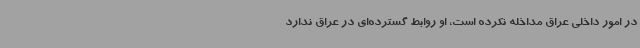
در امور داخلی عراق مداخله نکرده است، او روابط گسترده‌ای در عراق ندارد